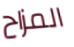
المزاح